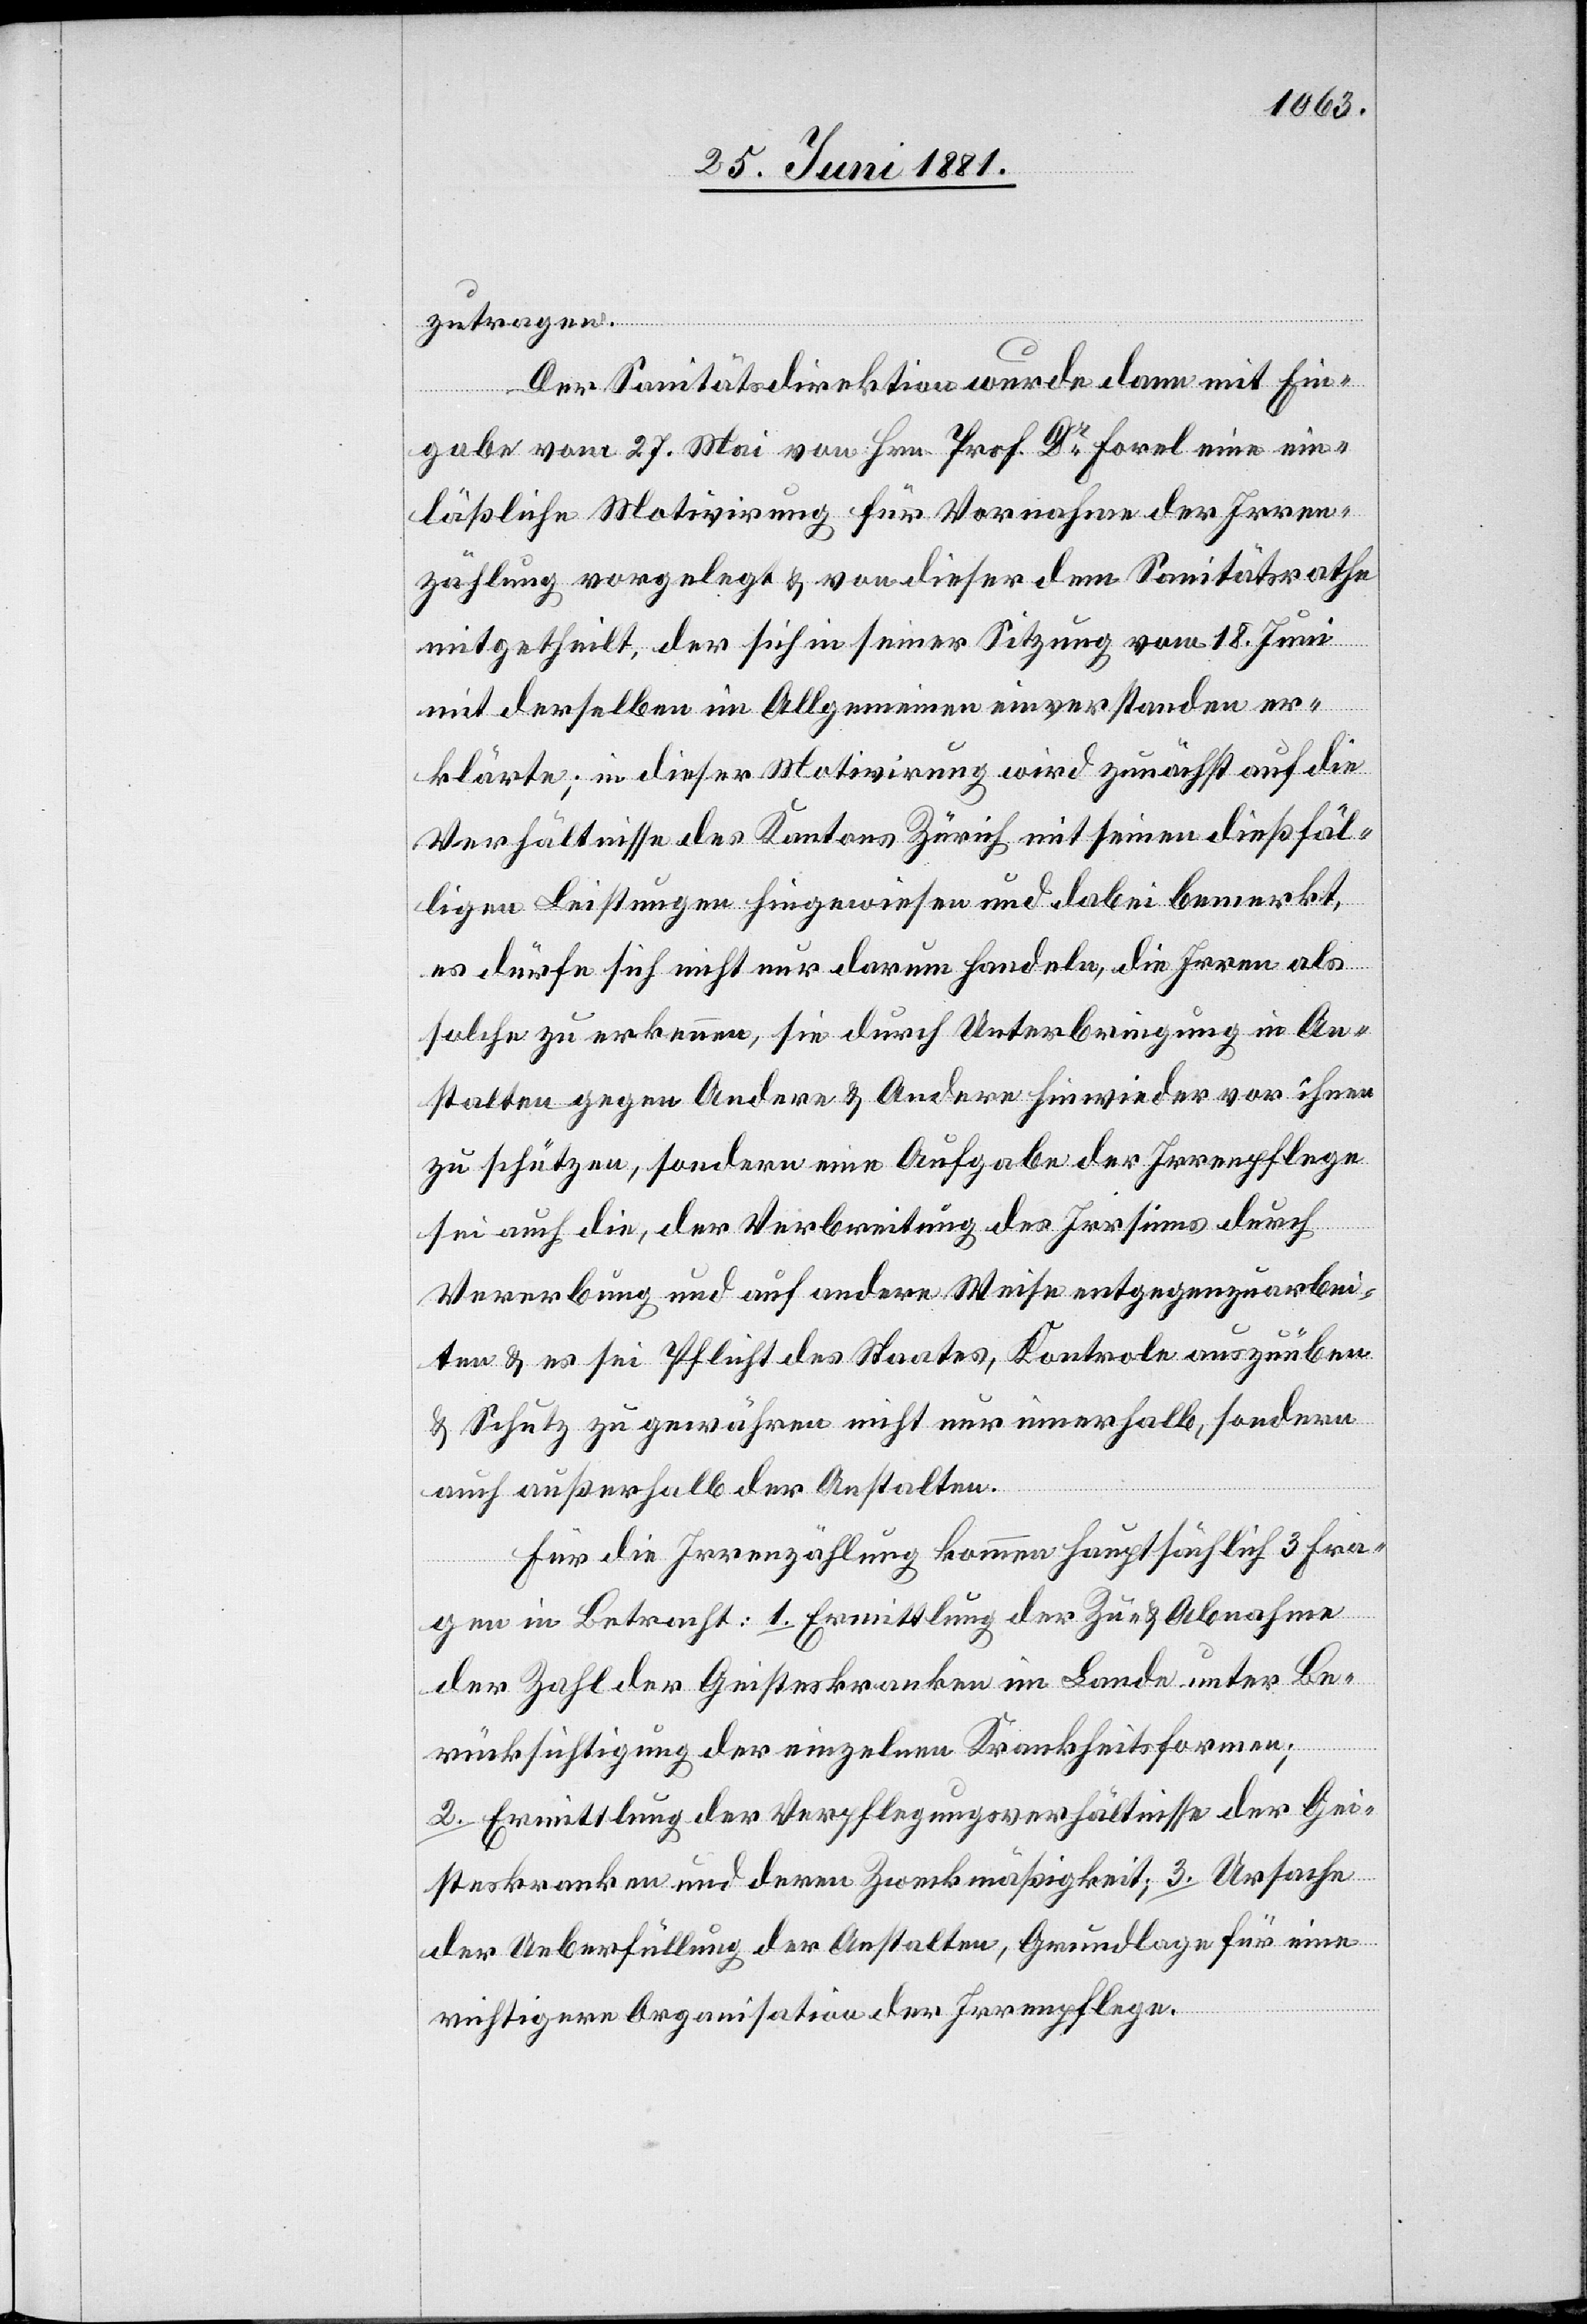
zutragen.
Der Sanitätsdirektion wurde dann mit Ein¬
gabe vom 27. Mai von Hrn. Prof. Dr Forel eine ein¬
läßliche Motivirung für Vornahme der Irren¬
zählung vorgelegt & von dieser dem Sanitätsrathe
mitgetheilt, der sich in seiner Sitzung vom 18. Juni
mit derselben im Allgemeinen einverstanden er¬
klärte; in dieser Motivirung wird zunächst auf die
Verhältnisse des Kantons Zürich mit seinen dießfäl¬
ligen Leistungen hingewiesen und dabei bemerkt,
es dürfe sich nicht nur darum handeln, die Irren als
solche zu erkennen, sie durch Unterbringung in An¬
stalten gegen Andere & Andere hin wieder vor ihnen
zu schützen, sondern eine Aufgabe der Irrenpflege
sei auch die, der Verbreitung des Irrsinns durch
Vererbung und auf andere Weise entgegenzuarbei¬
ten & es sei Pflicht des Staates, Kontrole auszuüben
& Schutz zu gewähren nicht nur innerhalb, sondern
auch außerhalb der Anstalten.
Für die Irrenzählung kommen hauptsächlich 3 Fra¬
gen in Betracht: 1. Ermittlung der Zu- & Abnahme
der Zahl der Geisteskranken im Lande unter Be¬
rücksichtigung der einzelnen Krankheitsformen;
2. Ermittlung der Verpflegungsverhältnisse der Gei¬
steskranken und deren Zweckmäßigkeit; 3. Ursache
der Ueberfüllung der Anstalten, Grundlage für eine
richtigere Organisation der Irrenpflege.